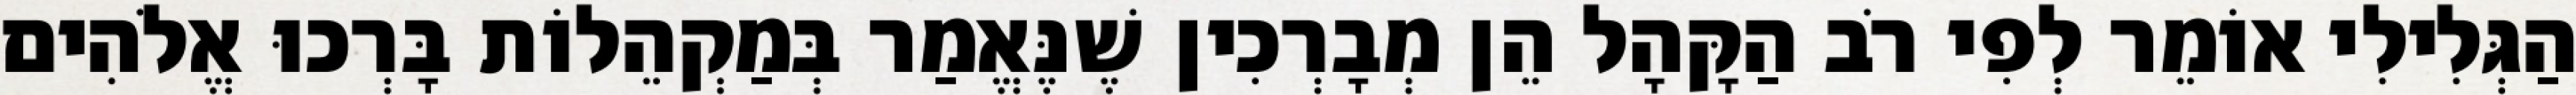
הַגְּלִילִי אוֹמֵר לְפִי רֹב הַקָּהָל הֵן מְבָרְכִין שֶׁנֶּאֱמַר בְּמַקְהֵלוֹת בָּרְכוּ אֱלֹהִים